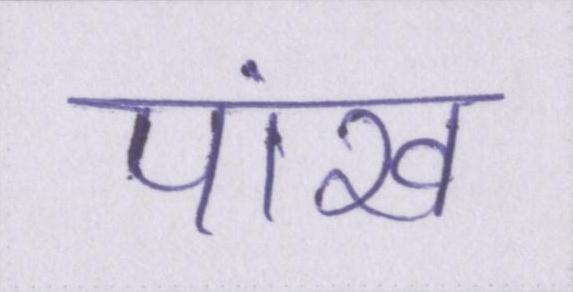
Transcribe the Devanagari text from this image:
पांख